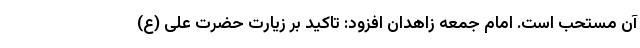
آن مستحب است. امام جمعه زاهدان افزود: تاکید بر زیارت حضرت علی (ع)